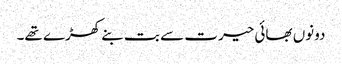
دونوں بھائی حیرت سے بت بنے کھڑے تھے۔